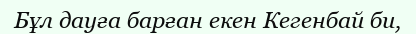
Бұл дауға барған екен Кегенбай би,